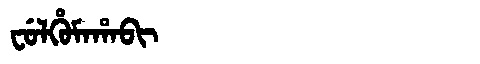
Manchu: ᠸᡠᠯᡥᡠᠮᠠᡥᠠᠪᡳ
Romanization: FULHUMAHABI